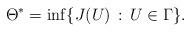
LaTeX: \begin{align*}\Theta^*=\inf\{J(U)\,:\,U \in \Gamma\}.\end{align*}